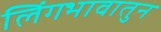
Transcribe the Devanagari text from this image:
लिंगभावातुन